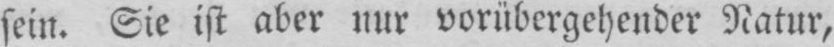
sein. Sie ist aber nur vorübergehender Natur,